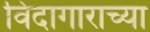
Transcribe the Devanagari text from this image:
विदागाराच्या